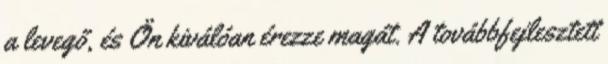
a levegő, és Ön kiválóan érezze magát. A továbbfejlesztett